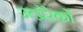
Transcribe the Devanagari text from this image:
उत्प्रेरेकों